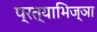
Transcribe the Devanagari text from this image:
प्रत्याभिज्ञा